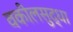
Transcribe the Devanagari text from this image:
वकीलसुद्धा